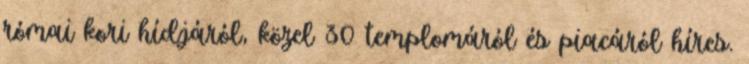
római kori hídjáról, közel 30 templomáról és piacáról híres.